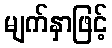
မျက်နှာဖြင့်